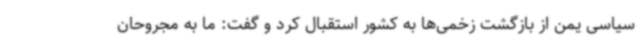
سیاسی یمن از بازگشت زخمی‌ها به کشور استقبال کرد و گفت: ما به مجروحان